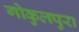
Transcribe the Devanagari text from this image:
गोकुलपुरा